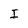
Character: I